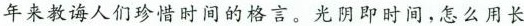
年来教诲人们珍惜时间的格言。光阴即时间，怎么用长